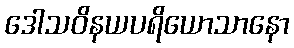
ဒေါသဝိနယပရိယောသာနော